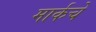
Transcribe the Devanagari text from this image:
मार्कचे